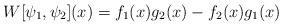
LaTeX: \begin{align*}W[\psi _{1},\psi _{2}](x)=f_{1}(x)g_{2}(x)-f_{2}(x)g_{1}(x)\end{align*}